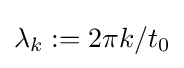
\lambda _{k}:=2\pi k/t_{0}